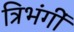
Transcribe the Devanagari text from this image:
त्रिभंगीं